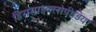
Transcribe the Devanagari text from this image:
डिससाइक्लोपीडिया